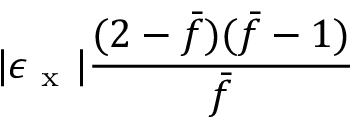
| \epsilon _ { \mathrm { ~ x ~ } } | \frac { ( 2 - \bar { f } ) ( \bar { f } - 1 ) } { \bar { f } }